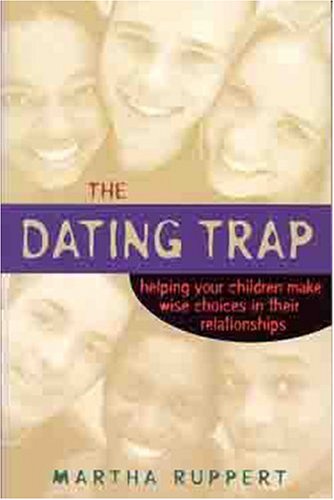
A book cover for The Dating Trap: Helping Your Children Make Wise Choices in Their Relationshps; Martha Ruppert; Teen & Young Adult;